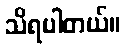
သိရပါတယ်။